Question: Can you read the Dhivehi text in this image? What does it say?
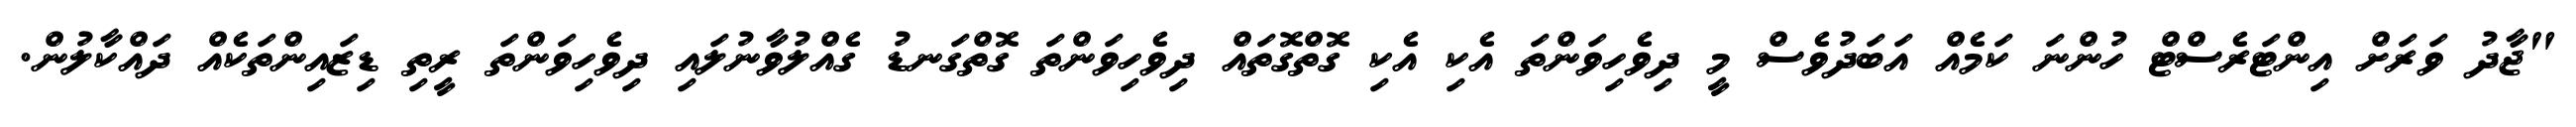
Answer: "ޖާދު ވަރަށް އިންޓަރެސްޓް ހުންނަ ކަމެއް އަބަދުވެސް މީ ދިވެހިވަންތަ އެކި އެކި ގޮތްގޮތައް ދިވެހިވަންތަ ގޮތްގަނޑު ގެއްލުވާނުލައި ދިވެހިވަންތަ ރީތި ޑިޒައިންތަކެއް ދައްކާލުން.